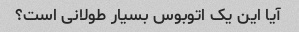
آیا این یک اتوبوس بسیار طولانی است؟